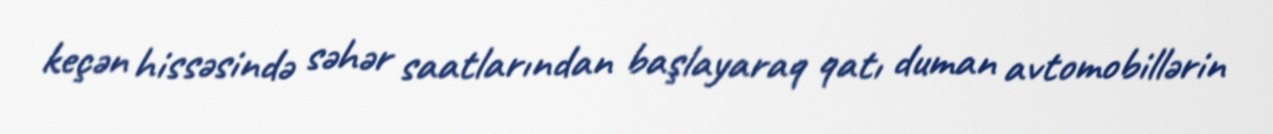
keçən hissəsində səhər saatlarından başlayaraq qatı duman avtomobillərin